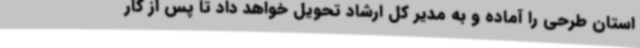
استان طرحی را آماده و به مدیر کل ارشاد تحویل خواهد داد تا پس از کار